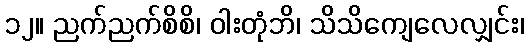
၁၂။ ညက်ညက်စိစိ၊ ဝါးတုံဘိ၊ သိသိကျေလေလျှင်း၊